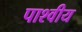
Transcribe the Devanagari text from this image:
पाश्वीय